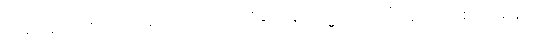
ဤမျှအတိုင်းအရှည်ရှိသော “ပါသာဒိကေန သမ္မာဒေတု” ဟူသော စကားဖြင့်။